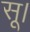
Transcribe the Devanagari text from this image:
सू।